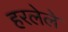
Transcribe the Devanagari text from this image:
हरलेले